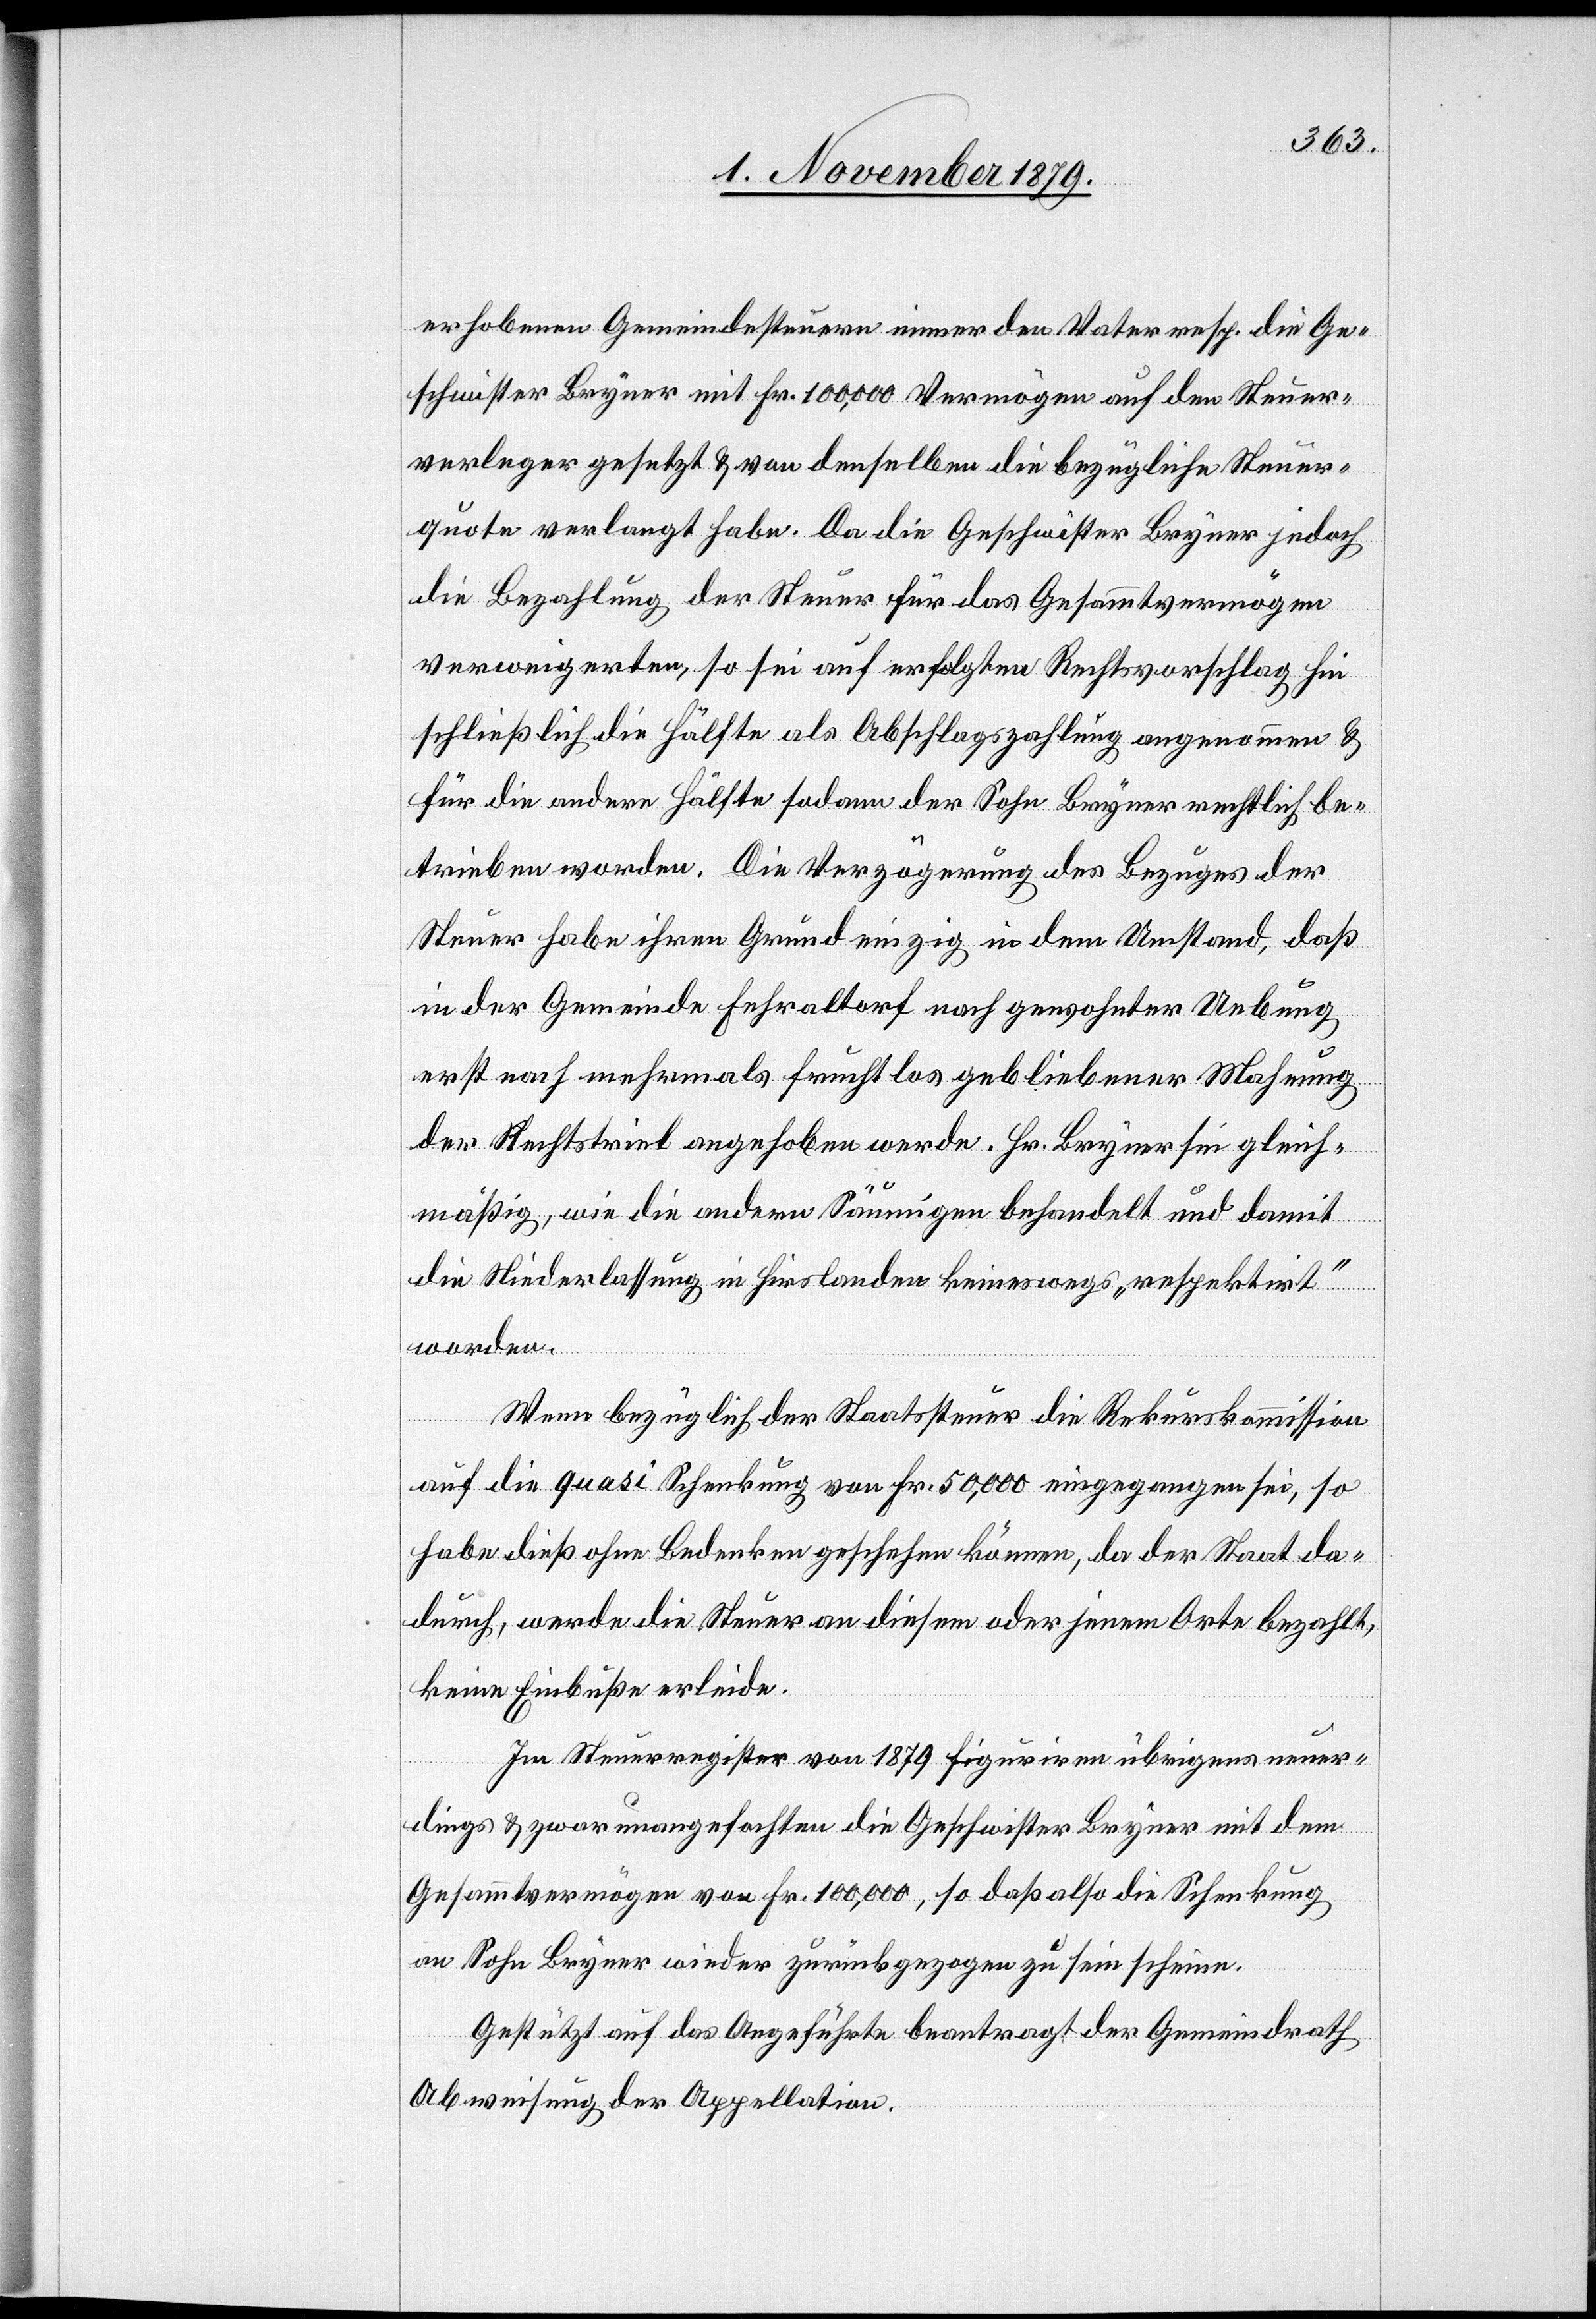
erhobenen Gemeindesteuern immer den Vater resp. die Ge¬
schwister Bryner mit Fr. 10,000 Vermögen auf den Steuer¬
verleger gesetzt & von denselben die bezügliche Steuer¬
quote verlangt habe. Da die Geschwister Bryner jedoch
die Bezahlung der Steuer für das Gesammtvermögen
verweigerten, so sei auf erfolgten Rechtsvorschlag hin
schließlich die Hälfte als Abschlagszahlung angenommen &
für die andere Hälfte sodann der Sohn Bryner rechtlich be¬
trieben worden. Die Verzögerung des Bezuges der
Steuer habe ihren Grund einzig in dem Umstand, daß
in der Gemeinde Fehraltorf nach gewohnter Uebung
erst nach mehrmals fruchtlos gebliebener Mahnung
der Rechtstrieb angehoben werde. Hr. Bryner sei gleich¬
mäßig, wie die andern Säumigen behandelt und damit
die Niederlassung in Hirslanden keineswegs „respektirt“
worden.
Wenn bezüglich der Staatssteuer die Rekurskommission
auf die quasi Schenkung von Fr. 50,000 eingegangen sei, so
habe dieß ohne Bedenken geschehen können, da der Staat da¬
durch, werde die Steuer an diesem oder jenem Orte bezahlt,
keine Einbuße erleide.
Im Steuerregister von 1879 figuriren übrigens neuer¬
dings & zwar unangefochten die Geschwister Bryner mit dem
Gesammtvermögen von Fr. 100,000, so daß also die Schenkung
an Sohn Bryner wieder zurückgezogen zu sein scheine.
Gestützt auf das Angeführte beantragt der Gemeindrath
Abweisung der Appellation.